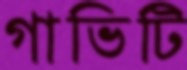
গাভিটি